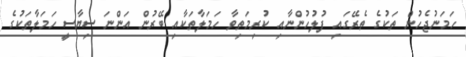
ހަމަނުޖެހުން ތަކުގެ ތެރޭގައި ފުލުހުންނާއި ކުރިމަތިވާ ހަމަލާތަކާއި ބޭރުން އަންނަ ސިޔާސީ ހަމަލާތަކުގެ